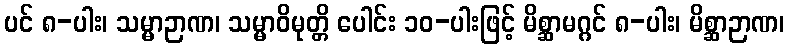
ပင် ၈-ပါး၊ သမ္မာဉာဏ၊ သမ္မာဝိမုတ္တိ ပေါင်း ၁၀-ပါးဖြင့် မိစ္ဆာမဂ္ဂင် ၈-ပါး၊ မိစ္ဆာဉာဏ၊